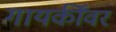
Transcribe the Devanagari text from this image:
गायकींवर